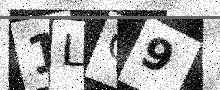
Text: 1LO9